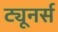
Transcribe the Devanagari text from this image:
ट्यूनर्स